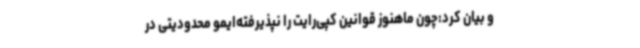
و بیان کرد:چون ماهنوز قوانین کپی‌رایت را نپذیرفته‌ایمو محدودیتی در